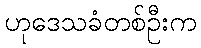
ဟုဒေသခံတစ်ဦးက